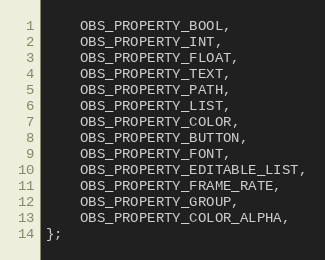
Language: C
	OBS_PROPERTY_BOOL,
	OBS_PROPERTY_INT,
	OBS_PROPERTY_FLOAT,
	OBS_PROPERTY_TEXT,
	OBS_PROPERTY_PATH,
	OBS_PROPERTY_LIST,
	OBS_PROPERTY_COLOR,
	OBS_PROPERTY_BUTTON,
	OBS_PROPERTY_FONT,
	OBS_PROPERTY_EDITABLE_LIST,
	OBS_PROPERTY_FRAME_RATE,
	OBS_PROPERTY_GROUP,
	OBS_PROPERTY_COLOR_ALPHA,
};